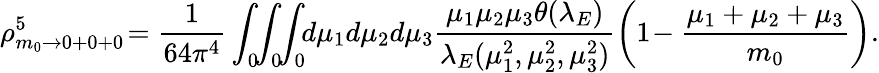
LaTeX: \rho_{m_{0}\rightarrow 0+0+0}^{5}\! =\frac{1}{64\pi^{4}}\int_{0}\! \! \int_{0}\! \! \int_{0}\! \! d\mu_{1}d\mu_{2}d\mu_{3}\frac{\mu_{1}\mu_{2}\mu_{3}\theta(\lambda_{E})}{\lambda_{E}(\mu_{1}^{2},\mu_{2}^{2},\mu_{3}^{2})}\left(1\! -\frac{\mu_{1}+\mu_{2}+\mu_{3}}{m_{0}}\right).